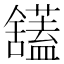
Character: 𫇙